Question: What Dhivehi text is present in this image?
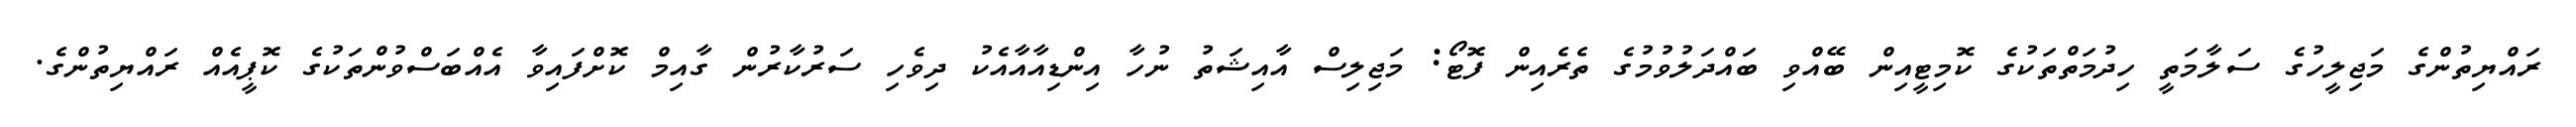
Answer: ރައްޔިތުންގެ މަޖިލީހުގެ ސަލާމަތީ ހިދުމަތްތަކުގެ ކޮމިޓީއިން ބޭއްވި ބައްދަލުވުމުގެ ތެރެއިން ފޮޓޯ: މަޖިލިސް އާއިޝަތު ނުހާ އިންޑިއާއާއެކު ދިވެހި ސަރުކާރުން ގާއިމް ކޮށްފައިވާ އެއްބަސްވުންތަކުގެ ކޮޕީއެއް ރައްޔިތުންގެ.